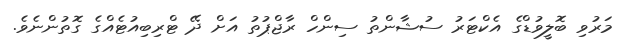
މަރުވި ބޮލީވުޑްގެ އެކްޓަރު ސުޝާންތު ސިންހް ރާޖްޕުތު އަށް ދޭ ޓްރިބިއުޓެއްގެ ގޮތުންނެވެ.